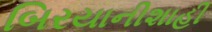
બિરયાનીશાહી